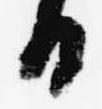
日